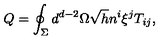
Q = \oint _ { \Sigma } d ^ { d - 2 } \Omega \sqrt { h } n ^ { i } \xi ^ { j } T _ { i j } ,